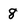
Character: 8